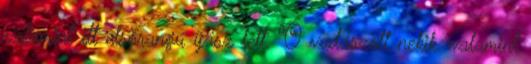
valamint itt elsőrangú íjász lett. Ő vadászott nekik, valamint